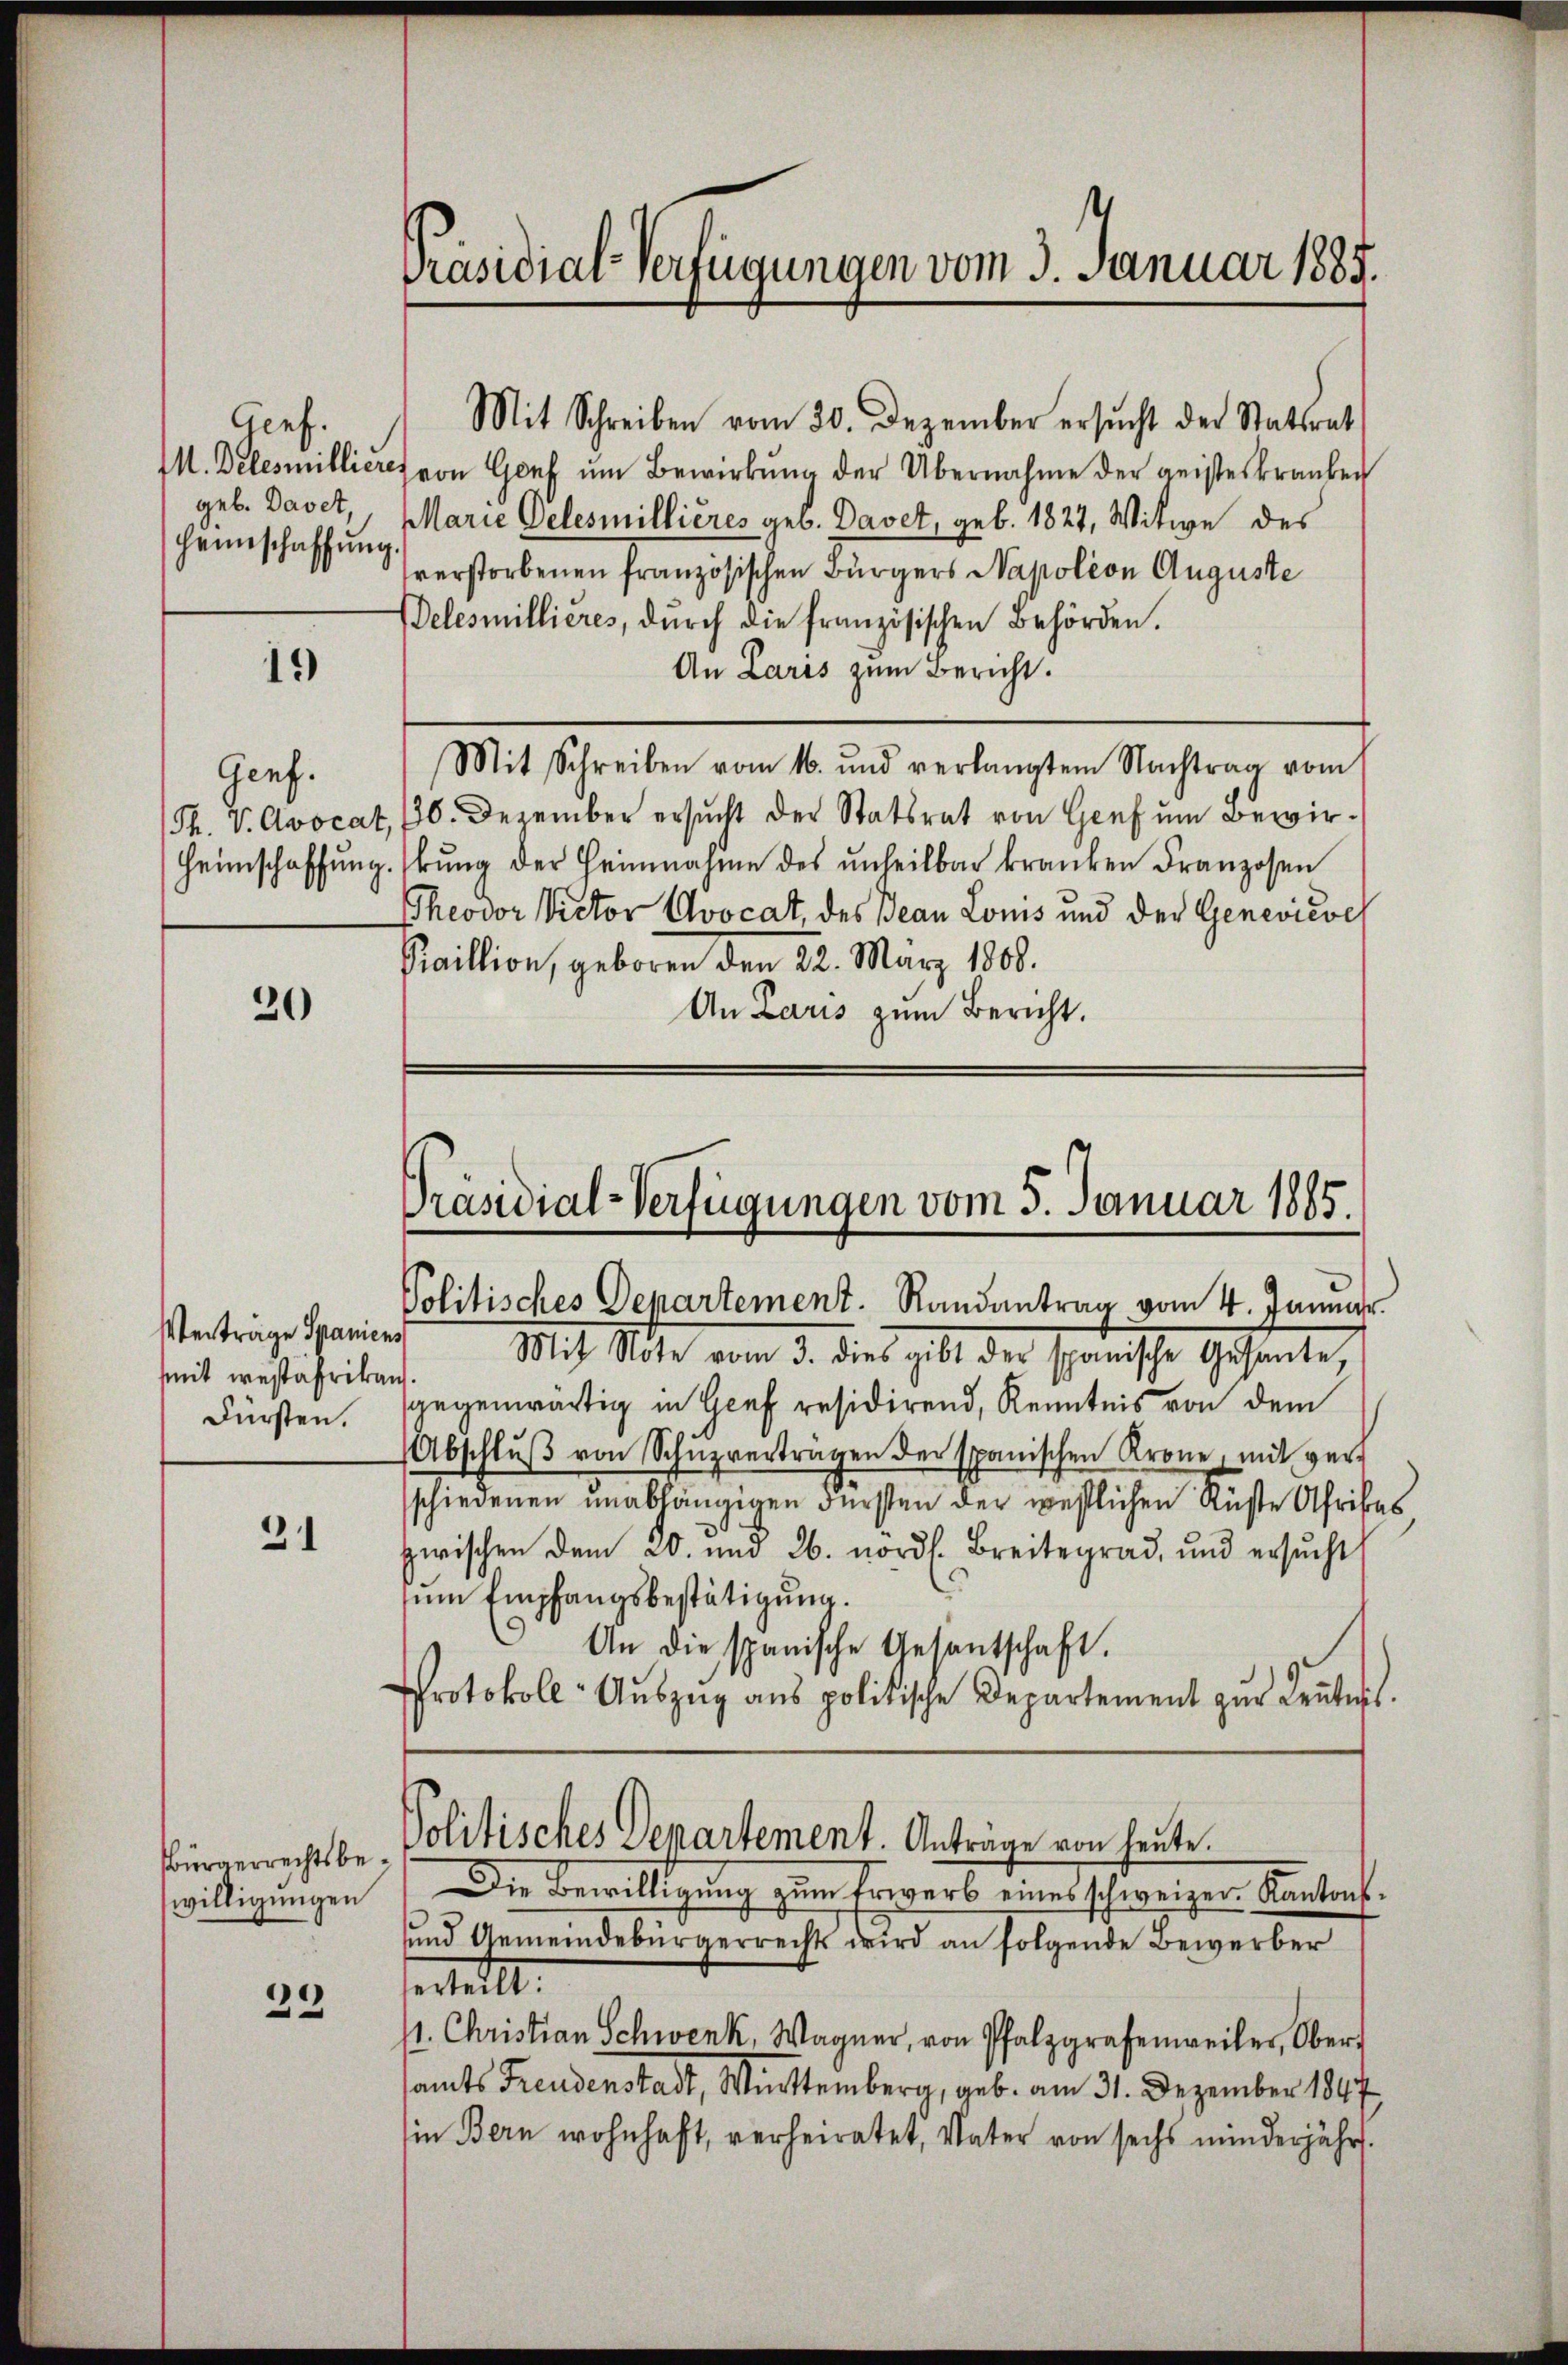
Genf.
geb. Davet,
Heimschaffung.

19

Genf.

20

Verträge Spaniens
mit westafrikan.
Fürsten.

31

Bürgerrechtsbewilligungen

39

Mit Schreiben vom 20. Dezember ersucht der Statsrat
M. Delesmillieres von Genf ŭm Bewirkŭng der Übernahme der geisteskranken
Marie Pelesmillieres geb. Davet, geb. 1827, Witwe des
verstorbenen französischen Bürgers Napoléon Auguste
Belesmillieres, durch die französischen Behörden.
An Laris zum Bericht.
Mit Schreiben vom 16. und verlangtem Nachtrag vom
Th. V. Avocat, 10. Dezember ersucht der Statsrat von Genf um Bewir¬
Heimschaffŭng. Errung der Heimnahme des unheilbar kranken Franzosen
Theodor Victor Avocat, des Jean Louis und der Genevicve
Kaillion, geboren den 22. März 1808.
An Laris zum Bericht.

Präsidial-Verfügungen vom 3. Januar 1885.

Präsidial-Verfügungen vom 3. Januar 1885.
Politisches Departement. Randantrag vom 4. Januar.

Mit Note vom 3. dies gibt der spanische Gesante,
gegenwärtig in Genf residirend, Kenntnis von dem
Abschlŭβ von Schŭpverträgen der spanischen Krone, mit ver-
schiedenen unabhängigen Fürsten der westlichen Rüste Afrikas
zwischen dem 20. und 26. nordl. Breitegrad, und ersŭcht
um Empfangsbestätigung.
.
An die spanische Gesantschaft.
Protokoll- Aŭszŭg ans politische Departement zŭr Keṅtnis.
Politisches Departement. Anträge von heute.
Die Bewilligung zum Erwerb eines schweizer. Kantons¬
und Gemeindebürgerrechts wird an folgende Bewerber
serteilt.
. Christian Schwenk, Wagner, von Pfalzgrafenweiler, Ober-
samts Freudenstadt, Württemberg, geb. am 31. Dezember 1847
in Bern wohnhaft, verheiratet, Vater von sechs minderjähr.